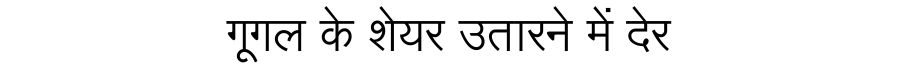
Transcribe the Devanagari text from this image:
गूगल के शेयर उतारने में देर